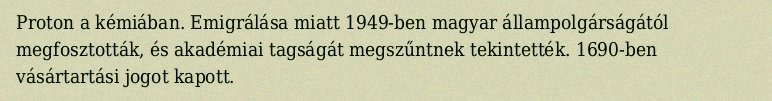
Proton a kémiában. Emigrálása miatt 1949-ben magyar állampolgárságától megfosztották, és akadémiai tagságát megszűntnek tekintették. 1690-ben vásártartási jogot kapott.